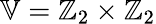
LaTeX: \mathbb{V}=\mathbb{Z}_{2}\times\mathbb{Z}_{2}